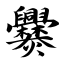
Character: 爨